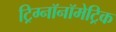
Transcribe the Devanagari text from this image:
ट्रिग्नॉनॉमेट्रिक